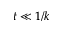
t \ll 1 / k